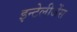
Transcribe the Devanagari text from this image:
इन्टेलीजेंस